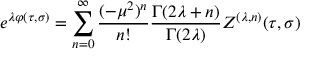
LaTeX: e ^ { \lambda \varphi ( \tau , \sigma ) } = \sum _ { n = 0 } ^ { \infty } \frac { ( - \mu ^ { 2 } ) ^ { n } } { n ! } \frac { \Gamma ( 2 \lambda + n ) } { \Gamma ( 2 \lambda ) } Z ^ { ( \lambda , n ) } ( \tau , \sigma )